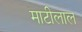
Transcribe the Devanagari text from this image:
माटीलाल